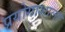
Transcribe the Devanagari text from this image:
प्रयोगाशाला